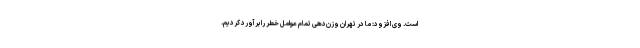
است. وی افزود: ما در تهران وزن‌دهی تمام عوامل خطر را برآورد کردیم.